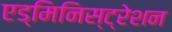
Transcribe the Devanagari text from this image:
एड्मिनिस्ट्रेशन